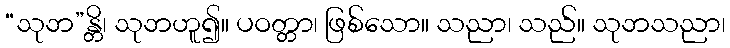
“သုဘ”န္တိ၊ သုဘဟူ၍။ ပဝတ္တာ၊ ဖြစ်သော။ သညာ၊ သည်။ သုဘသညာ၊